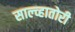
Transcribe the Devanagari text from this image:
साल्व्हातोरी